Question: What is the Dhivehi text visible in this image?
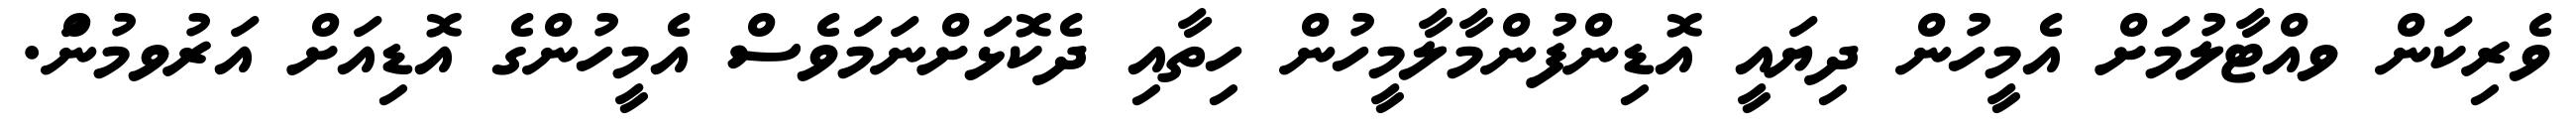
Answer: ވެރިކަން ވއްޓާލުމަށް އެމީހުން ދިޔައީ އޮޑިންފުންމާލާމީހުން ހިތާއި ދެކޮޅަށްނަމަވެސް އެމީހުންގެ އޮޑިއަށް އަރުވމުނަް.